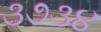
૩૭૩૪